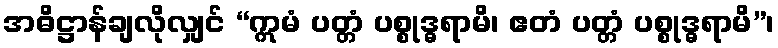
အဓိဋ္ဌာန်ချလိုလျှင် “ဣမံ ပတ္တံ ပစ္စုဒ္ဓရာမိ၊ ဧတံ ပတ္တံ ပစ္စုဒ္ဓရာမိ”၊